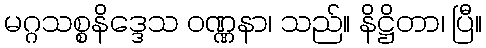
မဂ္ဂသစ္စနိဒ္ဒေသ ဝဏ္ဏနာ၊ သည်။ နိဋ္ဌိတာ၊ ပြီ။